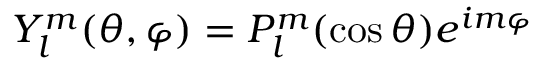
Y _ { l } ^ { m } ( \theta , \varphi ) = P _ { l } ^ { m } ( \cos \theta ) e ^ { i m \varphi }